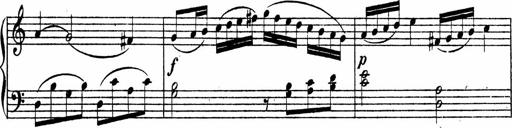
Title: Piano Sonata
Composer: Karl HÃ¤ssler
Key: C major